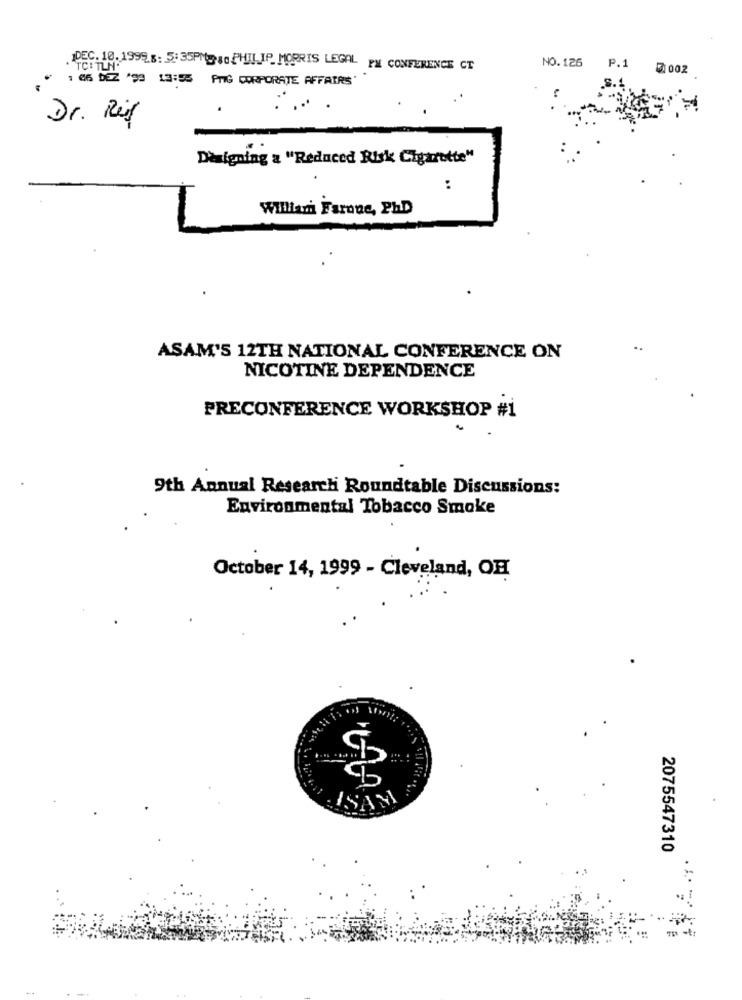
NO.126
. TC: TLN.
DEC. 10. 1999.8: 5:35PM4. PHILIP MORRIS LEGAL PM CONFERENCE CT
P.1 5:002
1 06 DEZ '98 13:55 PMG CORPORATE AFFAIRS'
Dr. Reif
Designing a "Reduced Risk Cigarette"
:
William Farone, PhD
ASAM'S 12TH NATIONAL CONFERENCE ON
NICOTINE DEPENDENCE
PRECONFERENCE WORKSHOP #1
9th Annual Research Roundtable Discussions:
Environmental Tobacco Smoke
October 14, 1999 - Cleveland, OH
LASAM
2075547310